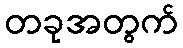
တခုအတွက်